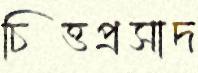
চিত্তপ্রসাদ